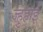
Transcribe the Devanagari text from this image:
ज्हुहाई